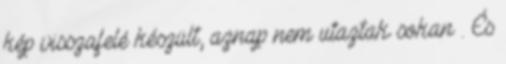
kép visszafelé készült, aznap nem utaztak sokan . És